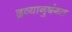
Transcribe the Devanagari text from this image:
द्रव्यानुषंगत